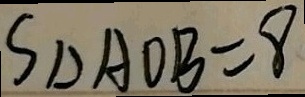
S _ { \Delta A O B } = 8